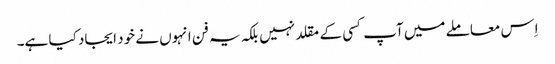
اِس معاملے میں آپ کسی کے مقلد نہیں بلکہ یہ فن انہوں نے خود ایجاد کیا ہے۔